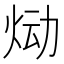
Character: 𰞉